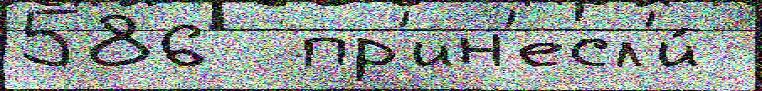
586  пр'ин'есл'и́